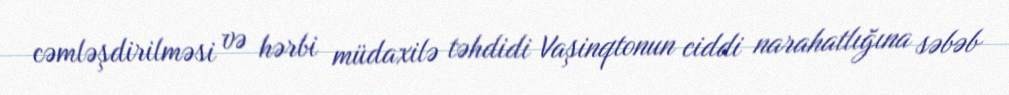
cəmləşdirilməsi və hərbi müdaxilə təhdidi Vaşinqtonun ciddi narahatlığına səbəb